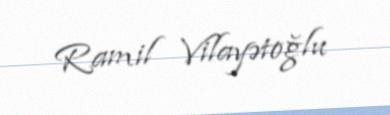
Ramil Vilayətoğlu